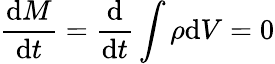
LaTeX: {\frac{{\mathrm{d}}M}{{\mathrm{d}}t}}={\frac{\mathrm{d}}{{\mathrm{d}}t}}\int\rho{\mathrm{d}}V=0